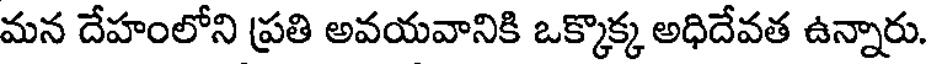
మన దేహంలోని ప్రతి అవయవానికి ఒక్కొక్క అధిదేవత ఉన్నారు.